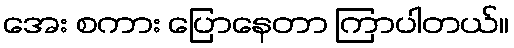
အေး စကား ပြောနေတာ ကြာပါတယ်။